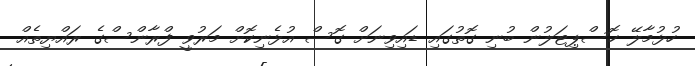
ހުޅުމާލޭ ހޮސްޕިޓަލުން ބުނި ގޮތުގައި ޑައިވިނަށް ގޮސް އުޅެނިކޮށް މަރުވީ ފްރާންސްގެ ރައްޔިތެއް